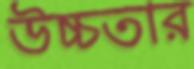
উচ্চতার